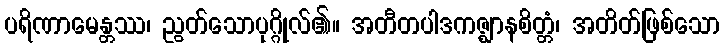
ပရိဏာမေန္တဿ၊ ညွတ်သောပုဂ္ဂိုလ်၏။ အတီတပါဒကဇ္ဈာနစိတ္တံ၊ အတိတ်ဖြစ်သော